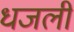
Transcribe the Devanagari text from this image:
धजली